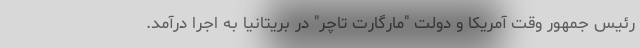
رئیس جمهور وقت آمریکا و دولت "مارگارت تاچر" در بریتانیا به اجرا درآمد.